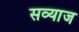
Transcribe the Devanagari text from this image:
सव्याज